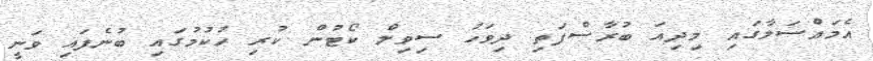
އެމައްސަލާގައި މިދިއަ ބުރާސްފަތި ދިވަހު ސިވިލް ކޯޓުން ކުރި ހުކުމުގައި ބުނެފައި ވަނީ